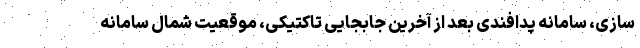
سازی، سامانه پدافندی بعد از آخرین جابجایی تاکتیکی، موقعیت شمال سامانه